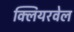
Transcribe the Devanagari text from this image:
क्लियरवेल